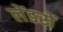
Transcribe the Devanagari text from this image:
लेंडरों